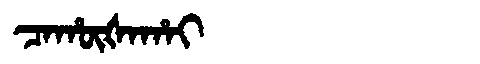
Manchu: ᠴᠠᡥᡡᡧᠠᡥᠠᡳ
Romanization: CAHŪŠAHAI